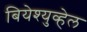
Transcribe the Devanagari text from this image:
बियेश्युव्हेल